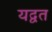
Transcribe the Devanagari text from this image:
यद्वत